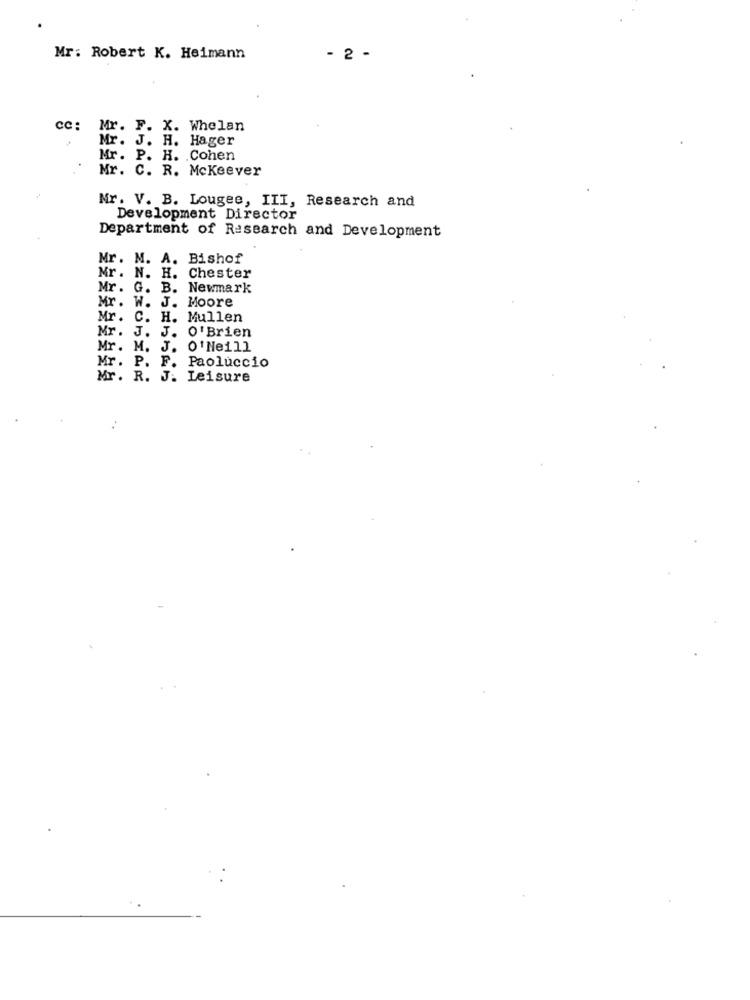
Mr: Robert K. Heimann
- 2 -
cc: Mr. F. X. Whelan
Mr. J. H. Hager
Mr. P. H. . Cohen
Mr. C. R. Mckeever
Mr. V. B. Lougee, III, Research and
Development Director
Department of Research and Development
Mr. M. A. Bishof
Mr. N. H. Chester
Mr. G. B. Newmark
Mr. W. J. Moore
Mr. C. H. Mullen
Mr. J. J. O' Brien
Mr. M. J. O' Neill
Mr. P. F. Paoluccio
Mr. R. J. Leisure